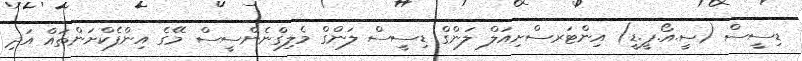
ޑިސީސް (ސީ.އޯ.ޕީ.ޑީ) އިންޓަރސްށިއަލް ލަންގް ޑިސީސް ލަންގް މެލިގްނެންސީސް މޭގެ އިންފެކްށަންތައް އަދި